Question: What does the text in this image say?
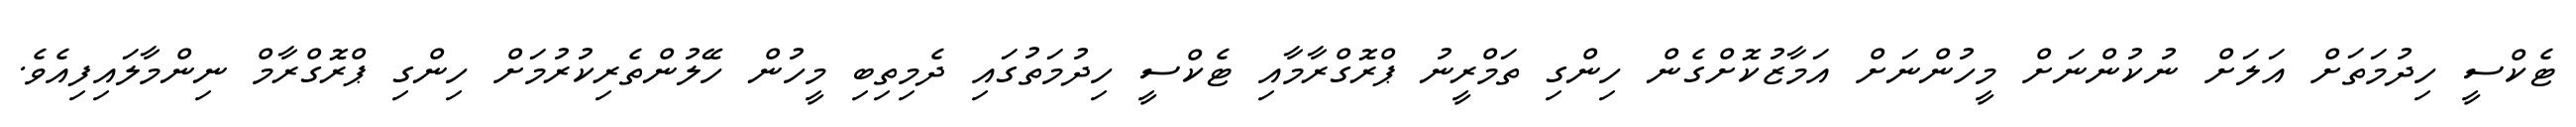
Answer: ޓެކްސީ ހިދުމަތަށް އަލަށް ނުކުންނަށް މީހުންނަށް އަމާޒުކޮށްގެން ހިންގި ތަމްރީނު ޕްރޮގްރާމާއި ޓެކްސީ ހިދުމަތުގައި ދެމިތިބި މީހުން ހޭލުންތެރިކުރުމަށް ހިންގި ޕްރޮގްރާމް ނިންމާލައިފިއެވެ.